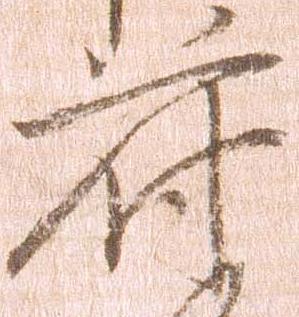
符